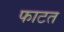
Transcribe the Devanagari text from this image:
फाटत